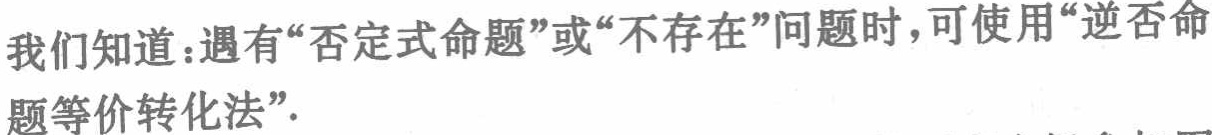
我们知道：遇有“否定式命题”或“不存在”问题时，可使用“逆否命题等价转化法”.